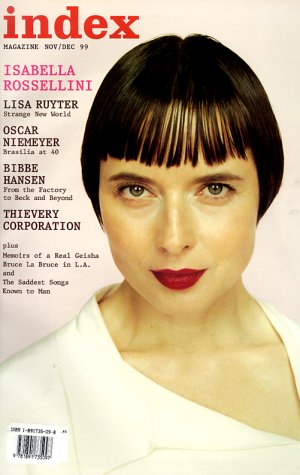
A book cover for Index Volume 4 #03; Index Pub Group; Humor & Entertainment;